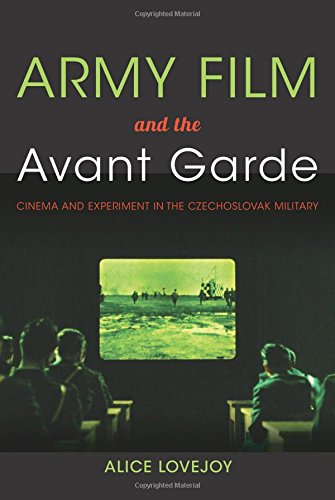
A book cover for Army Film and the Avant Garde: Cinema and Experiment in the Czechoslovak Military; Alice Osborne Lovejoy; Humor & Entertainment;